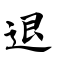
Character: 退